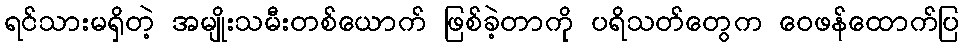
ရင်သားမရှိတဲ့ အမျိုးသမီးတစ်ယောက် ဖြစ်ခဲ့တာကို ပရိသတ်တွေက ဝေဖန်ထောက်ပြ